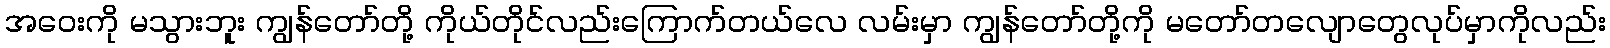
အဝေးကို မသွားဘူး ကျွန်တော်တို့ ကိုယ်တိုင်လည်းကြောက်တယ်လေ လမ်းမှာ ကျွန်တော်တို့ကို မတော်တလျောတွေလုပ်မှာကိုလည်း